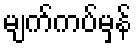
မျက်ကပ်မှန်